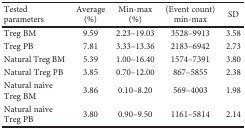
<table><thead><tr><td><b>Tested parameters</b></td><td><b>Average (%)</b></td><td><b>Min-max (%)</b></td><td><b>(Event count) min-max</b></td><td><b>SD</b></td></tr></thead><tbody><tr><td>Treg BM</td><td>9.59</td><td>2.23–19.03</td><td>3528–9913</td><td>3.58</td></tr><tr><td>Treg PB</td><td>7.81</td><td>3.33–13.36</td><td>2183–6942</td><td>2.73</td></tr><tr><td>Natural Treg BM</td><td>5.39</td><td>1.00–16.40</td><td>1574–7391</td><td>3.80</td></tr><tr><td>Natural Treg PB</td><td>3.85</td><td>0.70–12.00</td><td>867–5855</td><td>2.38</td></tr><tr><td>Natural naive Treg BM</td><td>3.86</td><td>0.10–8.20</td><td>569–4003</td><td>1.98</td></tr><tr><td>Natural naive Treg PB</td><td>3.80</td><td>0.90–9.50</td><td>1161–5814</td><td>2.14</td></tr></tbody></table>